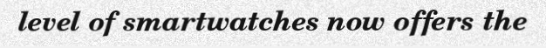
level of smartwatches now offers the